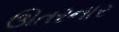
ઊતરનાર